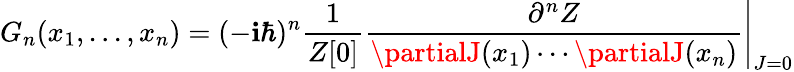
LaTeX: G_{n}(x_{1},...,x_{n})=(-\mathbf{i}\hbar)^{n}{\frac{{1}}{{Z[0]}}}\left.{\frac{{\partial^{n}Z}}{{\partialJ(x_{1})\cdots\partialJ(x_{n})}}}\right|_{J=0}